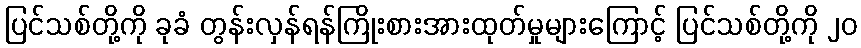
ပြင်သစ်တို့ကို ခုခံ တွန်းလှန်ရန်ကြိုးစားအားထုတ်မှုများကြောင့် ပြင်သစ်တို့ကို ၂၀